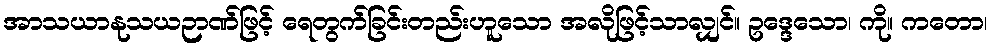
အာသယာနုသယဉာဏ်ဖြင့် ရေတွက်ခြင်းတည်းဟူသော အလိုဖြင့်သာလျှင်။ ဥဒ္ဒေသော၊ ကို။ ကတော၊